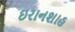
ઇરાનશાહ